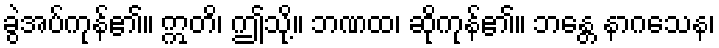
ခွဲအပ်ကုန်၏။ ဣတိ၊ ဤသို့။ ဘဏထ၊ ဆိုကုန်၏။ ဘန္တေ နာဂသေန၊